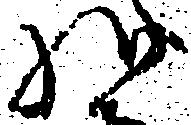
様